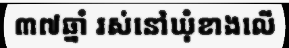
៣៧ឆ្នាំ រស់នៅឃុំខាងលើ